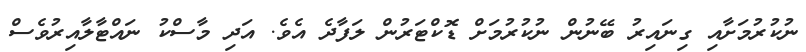
ނުކުރުމަށާއި ގިނައިރު ބޭނުން ނުކުރުމަށް ޑޮކްޓަރުން ލަފާދެ އެވެ. އަދި މާސްކު ނައްޓާލާއިރުވެސް